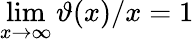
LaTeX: \operatorname*{lim}_{x\to\infty}\vartheta(x)/x=1